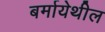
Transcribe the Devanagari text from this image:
बर्मायेथील